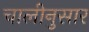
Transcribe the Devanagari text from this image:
चालीनुसार